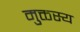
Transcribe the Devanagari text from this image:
मुक्तस्य